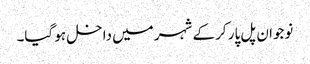
نوجوان پل پار کر کے شہر میں داخل ہو گیا۔